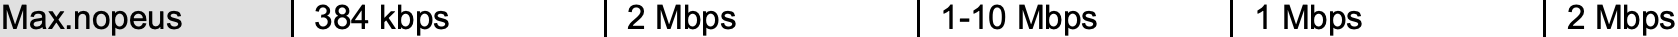
Max.nopeus 384 kbps 2 Mbps     1-10 Mbps 1 Mbps    2 Mbps